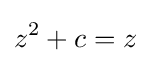
z^{2}+c=z